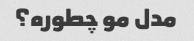
مدل مو چطوره؟